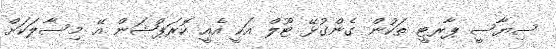
ސިޔާސީ ޕާރޓީ ތަކުން ގެންގުޅޭ ޓޫލް އަކީ އެއީ ކޮރަޕްޝަން އޭ މިސާލަކަށް